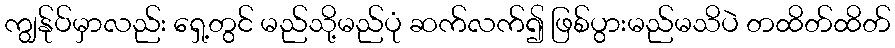
ကျွန်ုပ်မှာလည်း ရှေ့တွင် မည်သို့မည်ပုံ ဆက်လက်၍ ဖြစ်ပွားမည်မသိပဲ တထိတ်ထိတ်